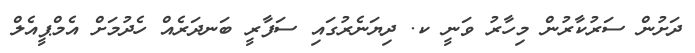
ދަށުން ސަރުކާރުން މިހާރު ވަނީ ކ. ދިޔަނެރުގައި ސަފާރީ ބަނދަރެއް ހެދުމަށް އެމްޕީއެލް